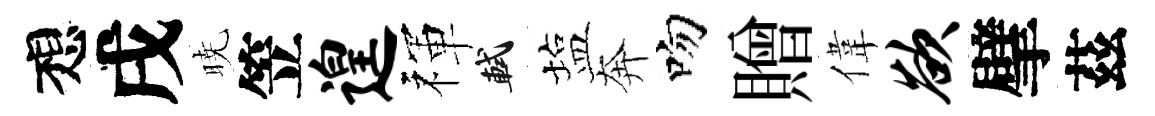
想戌暁笠遑禈軾塩奔吻贈偉欲擘茲